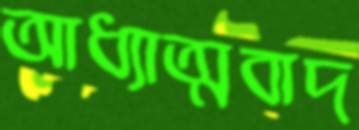
আধ্যাত্মবাদ